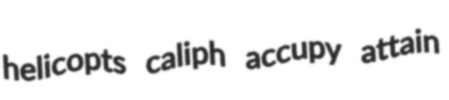
helicopts caliph accupy attain